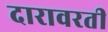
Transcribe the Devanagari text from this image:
दारावरती